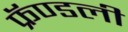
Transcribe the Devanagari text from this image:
फ्रॅण्डली